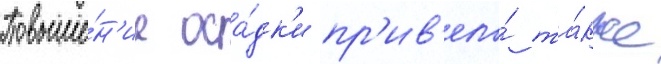
Повыше́н'ие оса́дк'и пр'ив'ело́ та́кже